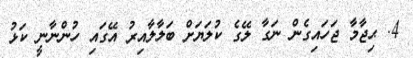
4. ޙިޖާމާ ޖަހައިގެން ނަގާ ލޭގެ ކުލަޔަށް ބަލާލާއިރު އޭގައި ހުންނާނީ ކަޅު